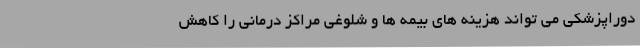
دوراپزشکی می تواند هزینه های بیمه ها و شلوغی مراکز درمانی را کاهش